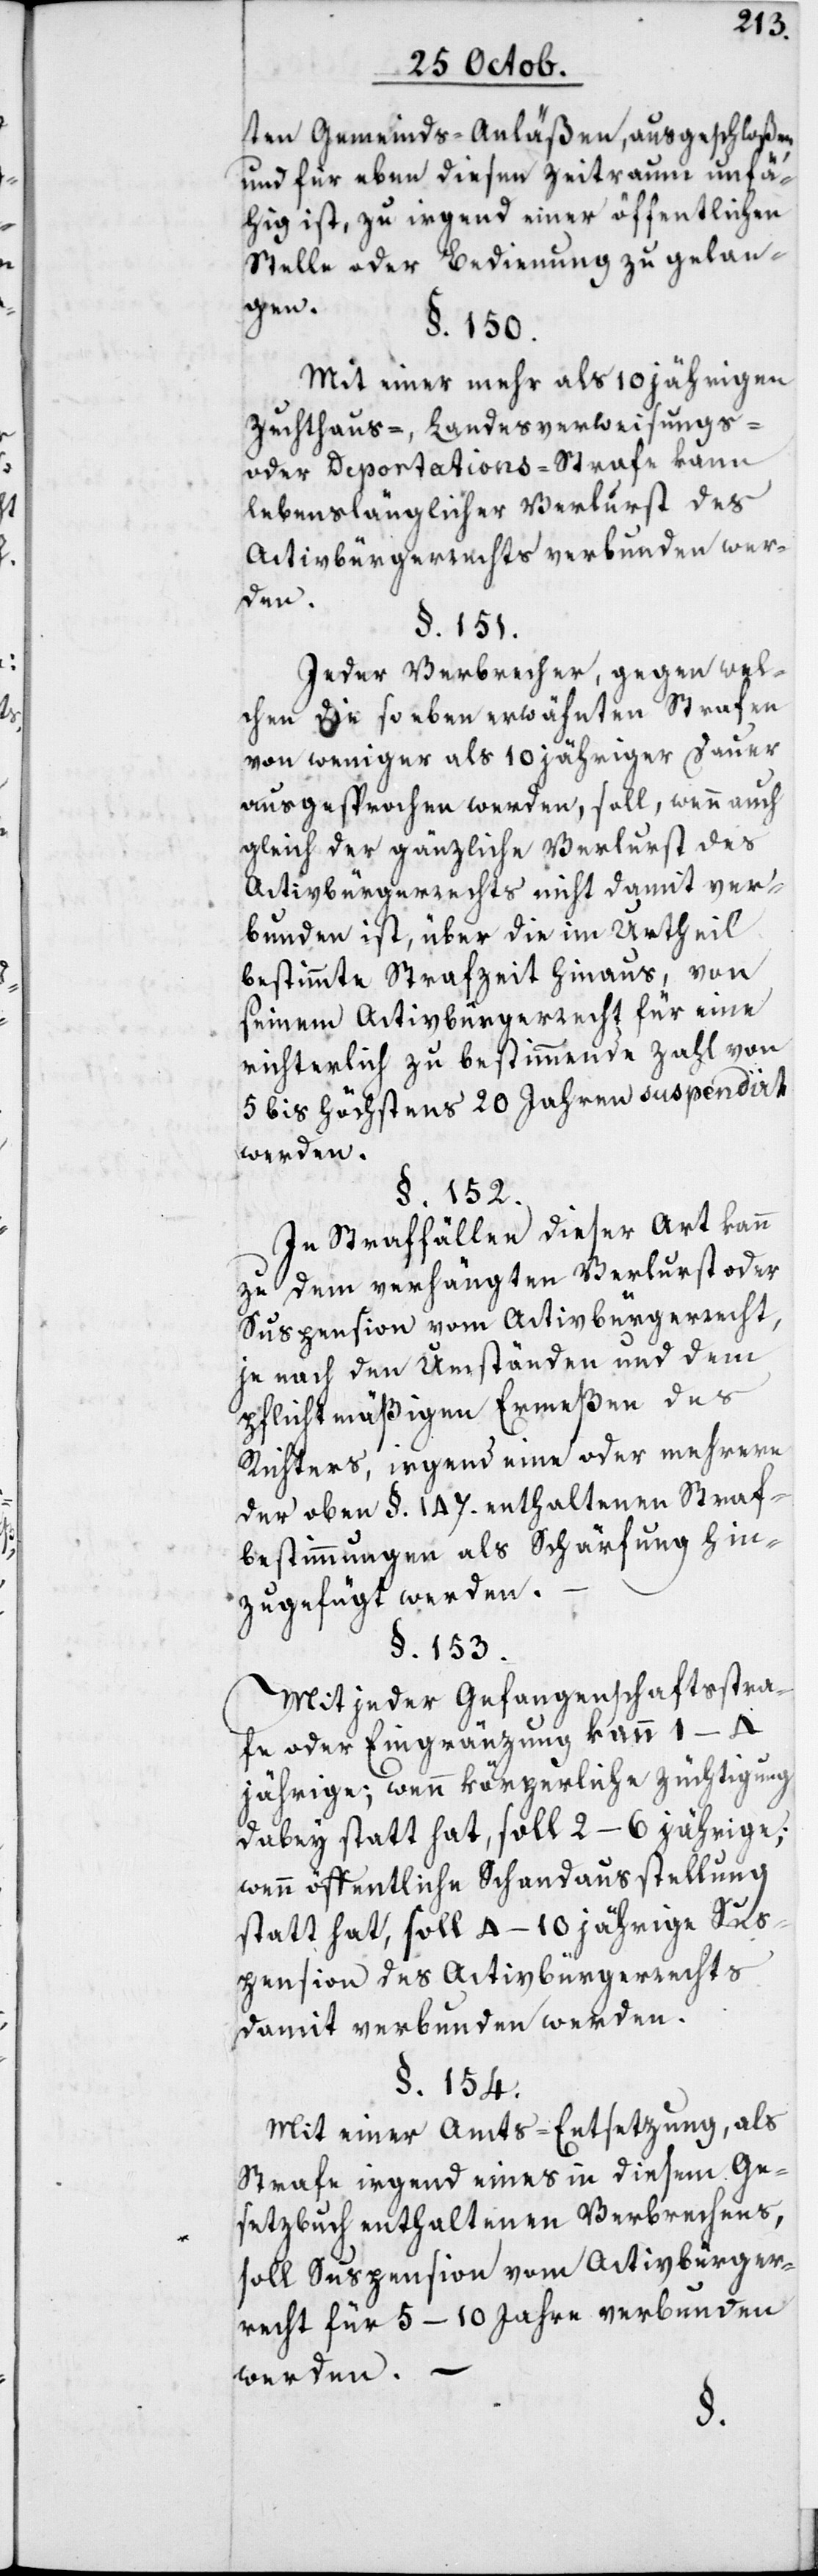
ten Gemeinds-Anläßen, ausgeschloßen
und für eben diesen Zeitraum unfä¬
hig ist, zu irgend einer öffentlichen
Stelle oder Bedienung zu gelan¬
gen.
§. 150.
Mit einer mehr als 10 jährigen
Zuchthaus-, Landesverweisungs-
oder Deportations-Strafe kann
lebenslänglicher Verlust des
Activbürgerrechts verbunden wer¬
den.
§. 151.
Jeder Verbrecher, gegen wel¬
chen die so eben erwähnten Strafen
von weniger als 10 jähriger Dauer
ausgesprochen werden, soll, wenn auch
gleich der gänzliche Verlust des
Activbürgerrechts nicht damit ver¬
bunden ist, über die im Urtheil
bestimmte Strafzeit hinaus, von
seinem Activbürgerrecht für eine
richterlich zu bestimmende Zahl von
5 bis höchstens 20 Jahren suspendiert
werden.
§. 152.
In Straffällen dieser Art kann
zu dem verhängten Verlust oder
Suspension vom Activbürgerrecht,
je nach den Umständen und dem
pflichtmäßigen Ermeßen des
Richters, irgend eine oder mehrere
der oben §. 147. enthaltenen Straf¬
bestimmungen als Schärfung hin¬
zugefügt werden.
§. 153.
Mit jeder Gefangenschaftsstra¬
fe oder Eingränzung kann 1–4
jährige; wenn körperliche Züchtigung
dabey statthat, soll 2. bis 6jährige;
wenn öffentliche Schandaußtellung
statt hat, soll 4–10 jährige Sus¬
pension des Activbürgerrechts
damit verbunden werden.
§. 154.
Mit einer Amts-Entsetzung als
Strafe irgend eines in diesem Ge¬
setzbuch enthaltenen Verbrechens,
soll Suspension vom Activbürger¬
recht für 5–10 Jahre verbunden
werden. –